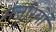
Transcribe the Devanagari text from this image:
मंजूरियों